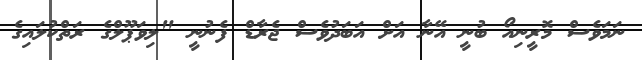
ނަމަވެސް މޮރީނިއޯ ބުނީ އޭނާ އަށް އަބަދުވެސް ޖެރާޑް ފެނުނީ "ލިވަޕޫލްގެ ރަތްކުލައިގެ